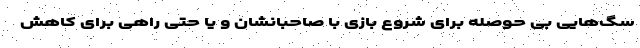
سگ‌هایی بی حوصله برای شروع بازی با صاحبانشان و یا حتی راهی برای کاهش